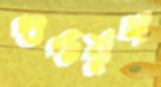
গুপ্তযুগ